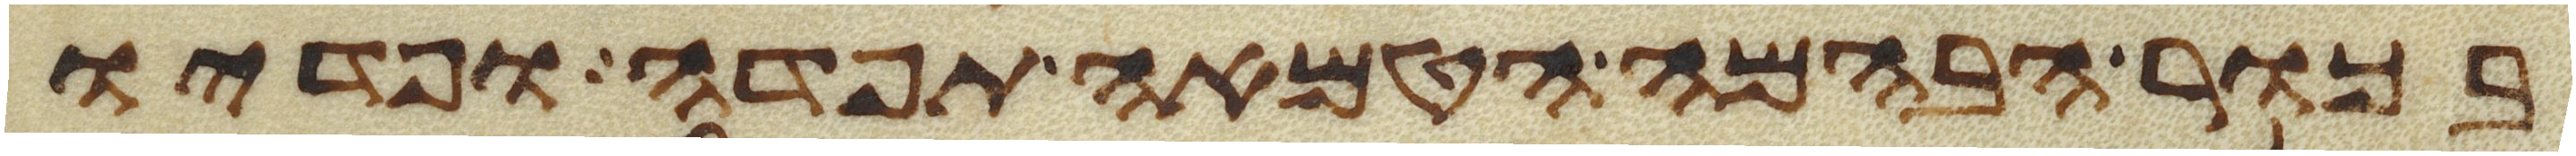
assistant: בכור הבהמה הטמאה תפדה ופדיו